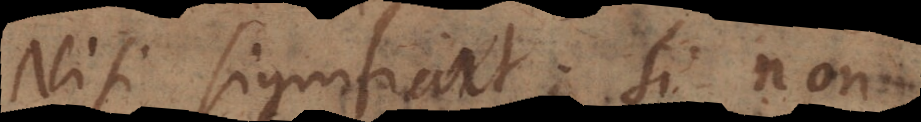
Nisi significat; Si non.